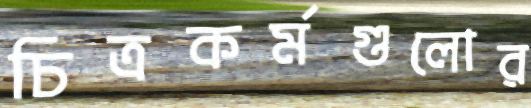
চিত্রকর্মগুলোর